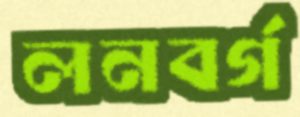
লনবর্গ